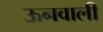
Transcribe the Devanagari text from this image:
ऊनवाली